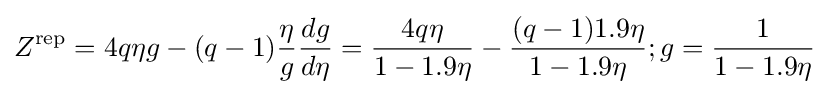
Z^{\rm {rep}}=4q\eta g-(q-1){\frac {\eta }{g}}{\frac {dg}{d\eta }}={\frac {4q\eta }{1-1.9\eta }}-{\frac {(q-1)1.9\eta }{1-1.9\eta }};g={\frac {1}{1-1.9\eta }}